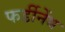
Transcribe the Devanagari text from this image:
फर्डीनेंथ